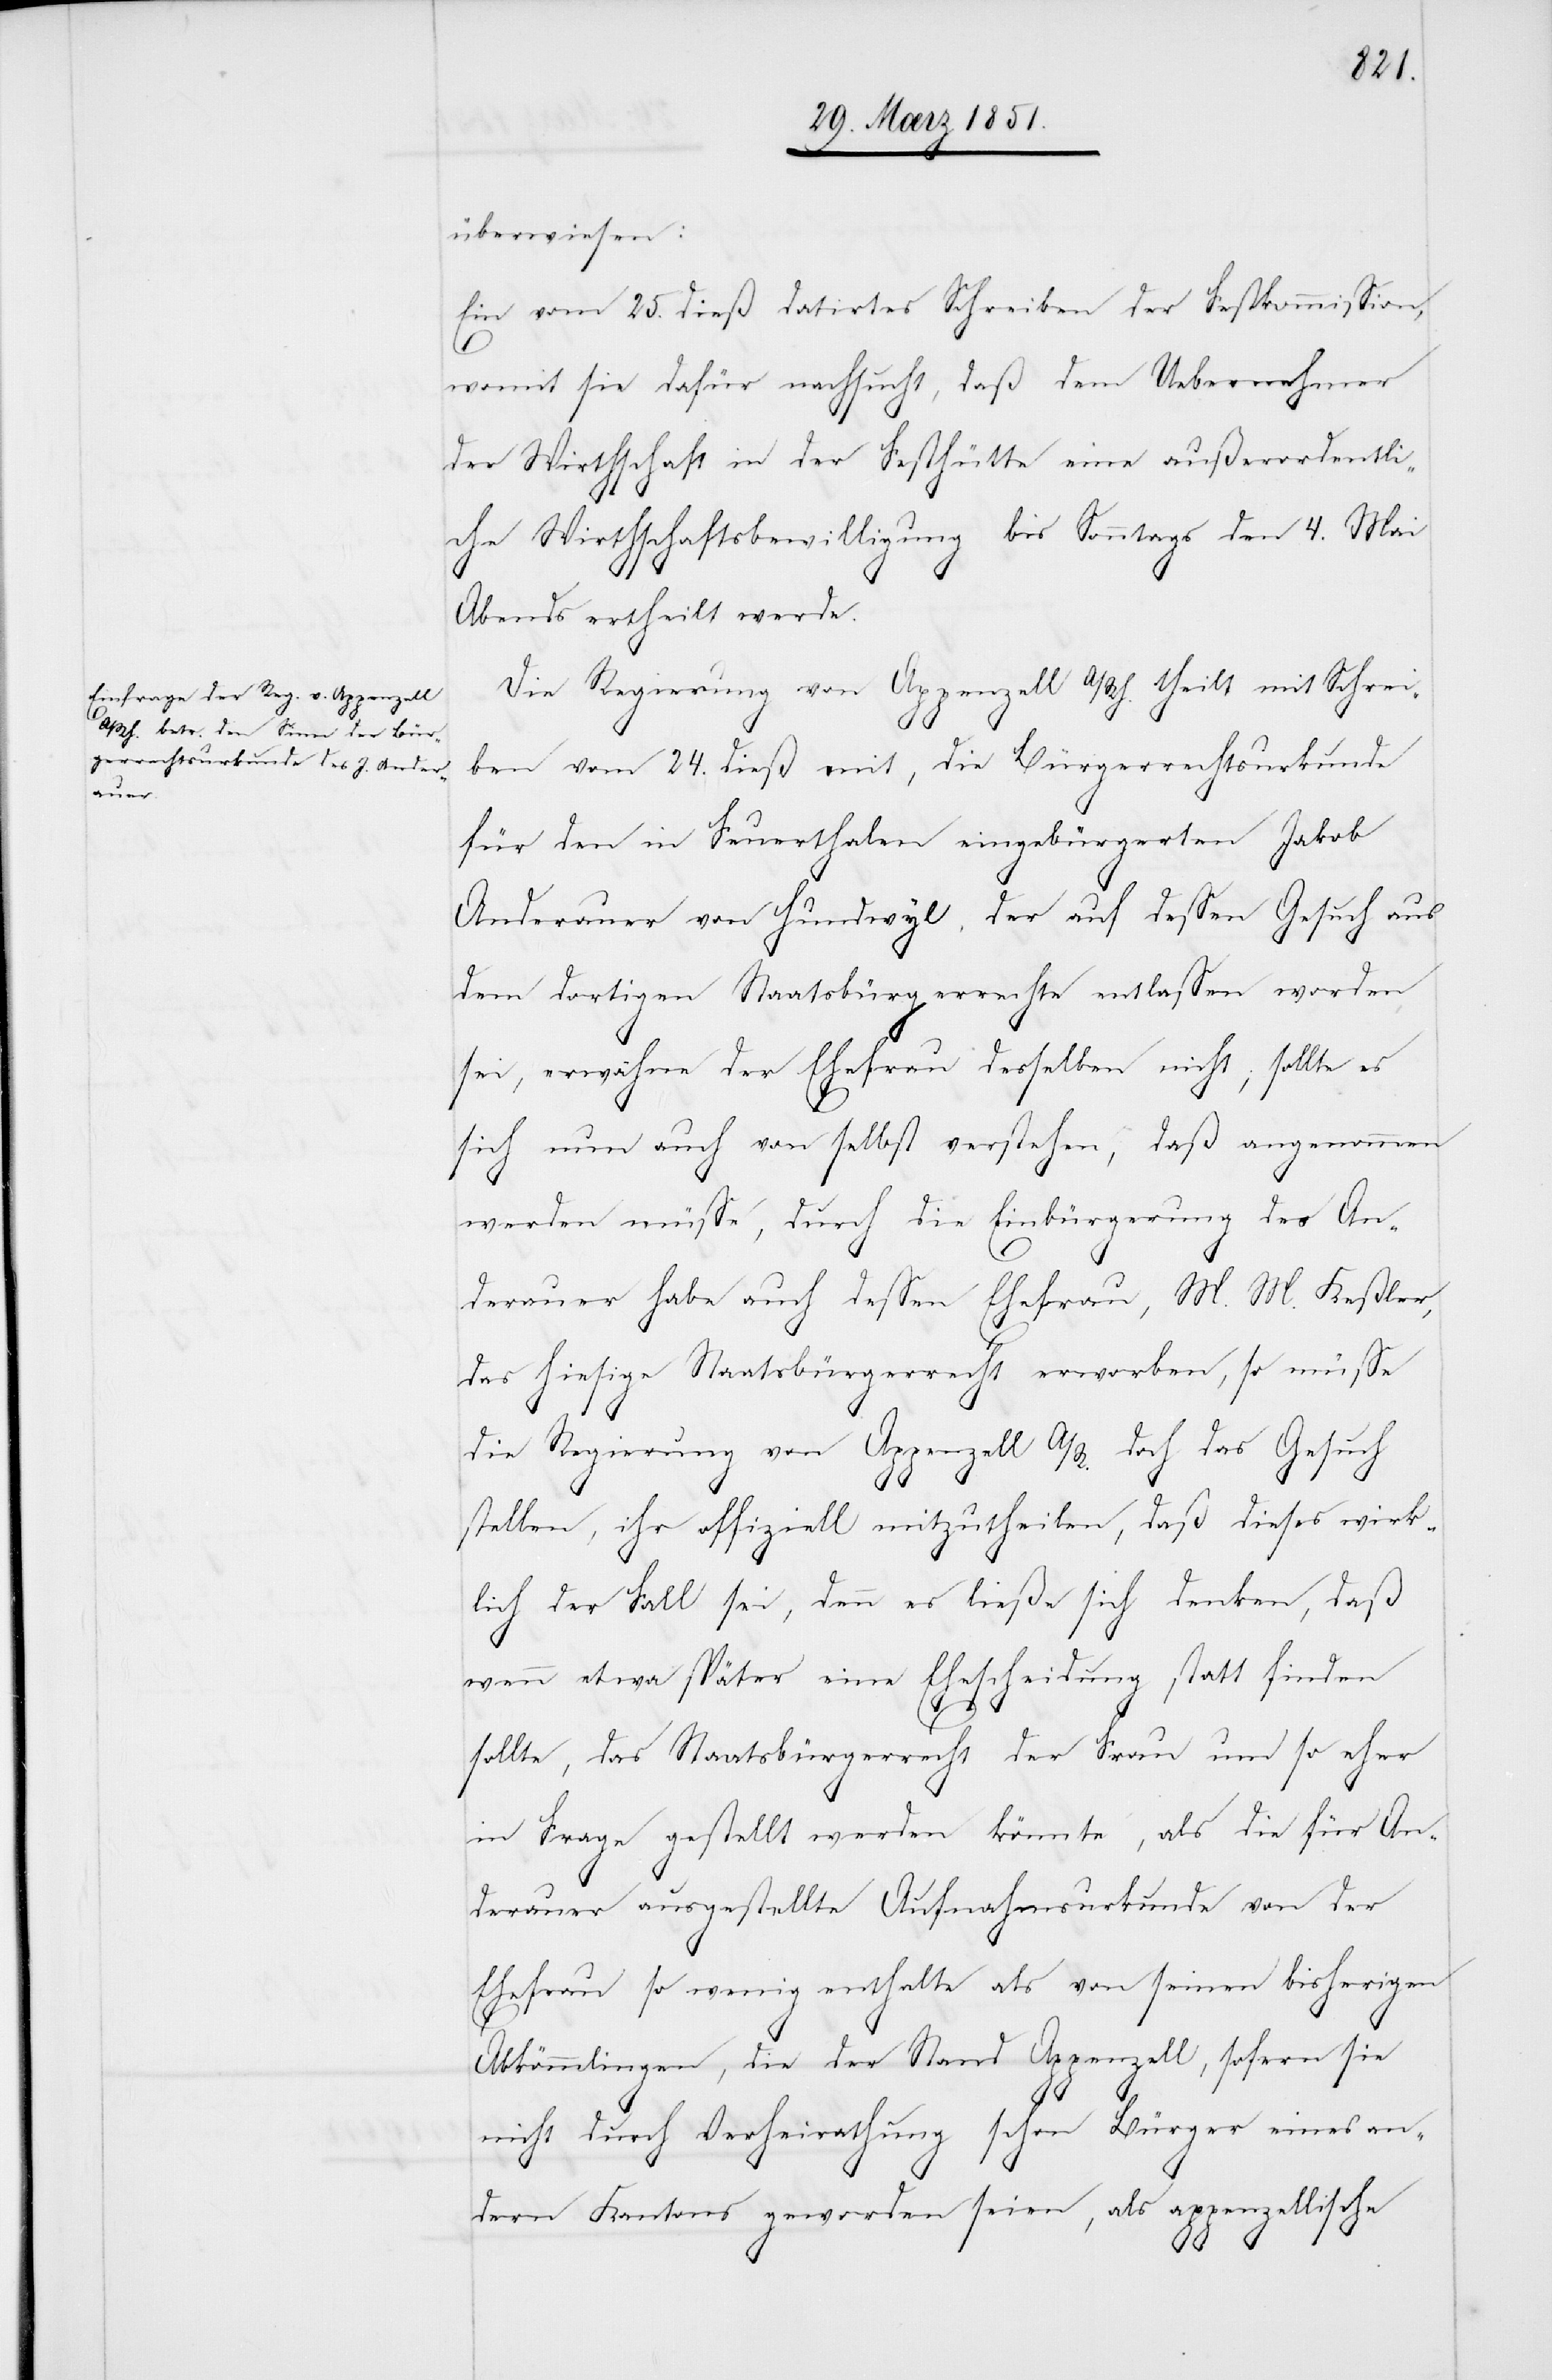
überwiesen:
Ein vom 25. dieß datirtes Schreiben der Festkommission,
womit sie dafür nachsucht, daß dem Uebernehmer
der Wirthschaft in der Festhütte eine außerordentli¬
che Wirthschaftsbewilligung bis Sonntags den 4. Mai
Abends ertheilt werde.
Die Regierung von Appenzell A/Rh. theilt mit Schrei¬
ben vom 24. dieß mit, die Bürgerrechtsurkunde
für den in Feuerthalen eingebürgerten Jakob
Anderauer von Hundwyl, der auf dessen Gesuch aus
dem dortigen Staatsbürgerrechte entlassen worden
sei, erwähne der Ehefrau desselben nicht; sollte es
sich nun auch von selbst verstehen, daß angenommen
werden müsse, durch die Einbürgerung des An¬
derauer habe auch dessen Ehefrau, M. M. Keßler,
das hiesige Staatsbürgerrecht erworben, so müsse
die Regierung von Appenzell A/R. doch das Gesuch
stellen, ihr offiziell mitzutheilen, daß dieses wirk¬
lich der Fall sei, denn es ließe sich denken, daß
wenn etwa später eine Ehescheidung statt finden
sollte, das Staatsbürgerrecht der Frau um so eher
in Frage gestellt werden könnte, als die für An¬
derauer ausgestellte Aufnahmsurkunde von der
Ehefrau so wenig enthalte als von seinen bisherigen
Abkömmlingen, die der Stand Appenzell, sofern sie
nicht durch Verheirathung schon Bürger eines an¬
dern Kantons geworden seien, als appenzellische